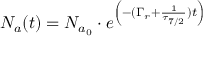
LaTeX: N _ { a } ( t ) = N _ { a _ { 0 } } \cdot e ^ { \left( { - ( \Gamma _ { r } + { \frac { 1 } { \tau _ { 7 / 2 } } } ) t } \right) }